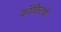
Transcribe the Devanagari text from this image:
काँक्रिटची